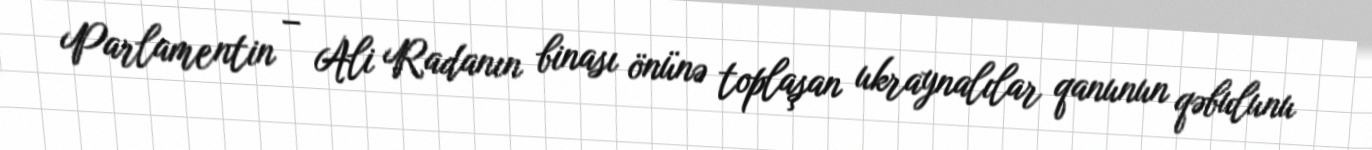
Parlamentin – Ali Radanın binası önünə toplaşan ukraynalılar qanunun qəbulunu